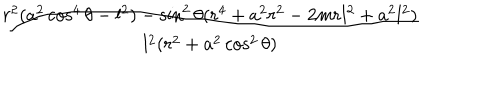
LaTeX: \frac { r ^ { 2 } ( a ^ { 2 } \cos ^ { 4 } \theta - l ^ { 2 } ) - \sin ^ { 2 } \theta ( r ^ { 4 } + a ^ { 2 } r ^ { 2 } - 2 m r l ^ { 2 } + a ^ { 2 } l ^ { 2 } ) } { l ^ { 2 } ( r ^ { 2 } + a ^ { 2 } \cos ^ { 2 } \theta ) }